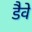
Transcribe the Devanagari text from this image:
डैवे